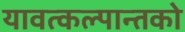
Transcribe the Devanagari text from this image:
यावत्कल्पान्तको